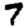
Digit: 7